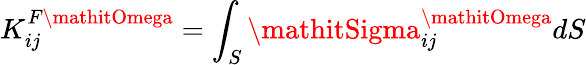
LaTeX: K_{ij}^{F\mathitOmega}=\int_{S}\mathitSigma_{ij}^{\mathitOmega}dS